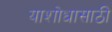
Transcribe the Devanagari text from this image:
याशोधासाठी